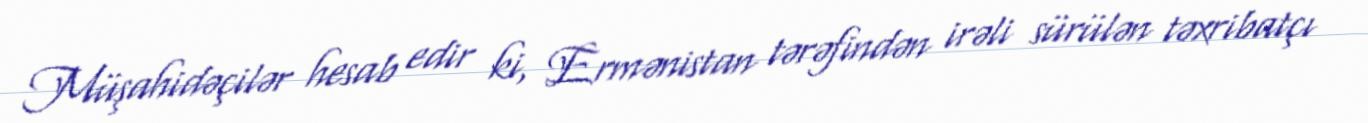
Müşahidəçilər hesab edir ki, Ermənistan tərəfindən irəli sürülən təxribatçı